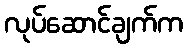
လုပ်ဆောင်ချက်က